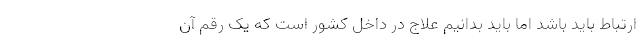
ارتباط باید باشد اما باید بدانیم علاج در داخل کشور است که یک رقم آن